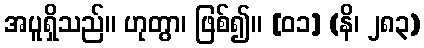
အပူရှိသည်။ ဟုတွာ၊ ဖြစ်၍။ [၀၁] (နိ၊ ၂၈၃)